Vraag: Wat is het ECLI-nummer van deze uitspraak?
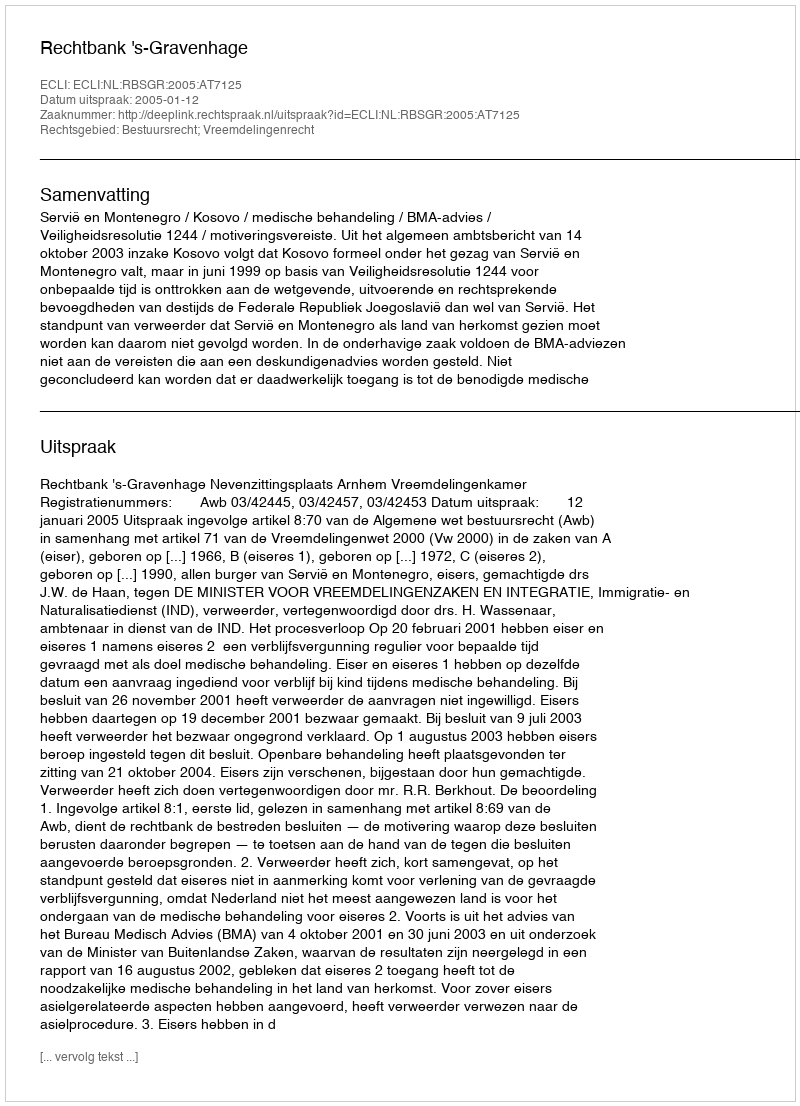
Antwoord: ECLI:NL:RBSGR:2005:AT7125